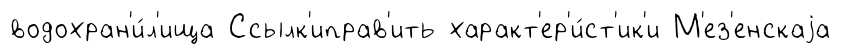
водохран'и́л'ища Ссылк'иправ'ить характ'ер'и́ст'ик'и М'ез'енскаjа